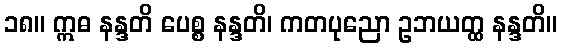
၁၈။ ဣဓ နန္ဒတိ ပေစ္စ နန္ဒတိ၊ ကတပုညော ဥဘယတ္ထ နန္ဒတိ။